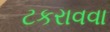
ટકરાવવા